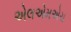
એલએમએચ